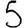
Digit: 5